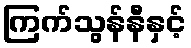
ကြက်သွန်နီနှင့်